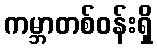
ကမ္ဘာတစ်ဝန်းရှိ